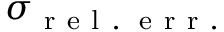
\sigma _ { \mathrm { ~ r ~ e ~ l ~ . ~ \! ~ e ~ r ~ r ~ . ~ } }